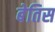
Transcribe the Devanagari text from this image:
बेतिस